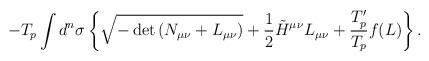
LaTeX: \begin{align*}-T_p \int d^n \sigma \left\{ \sqrt{-\det{\left( N_{\mu \nu}+L_{\mu \nu}\right)}}+\frac{1}{2}\tilde{H}^{\mu \nu}L_{\mu \nu} +{T'_p \over T_p}f(L)\right\} .\end{align*}